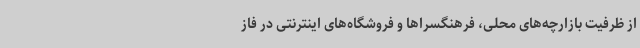
از ظرفیت بازارچه‌های محلی، فرهنگسراها و فروشگاه‌های اینترنتی در فاز